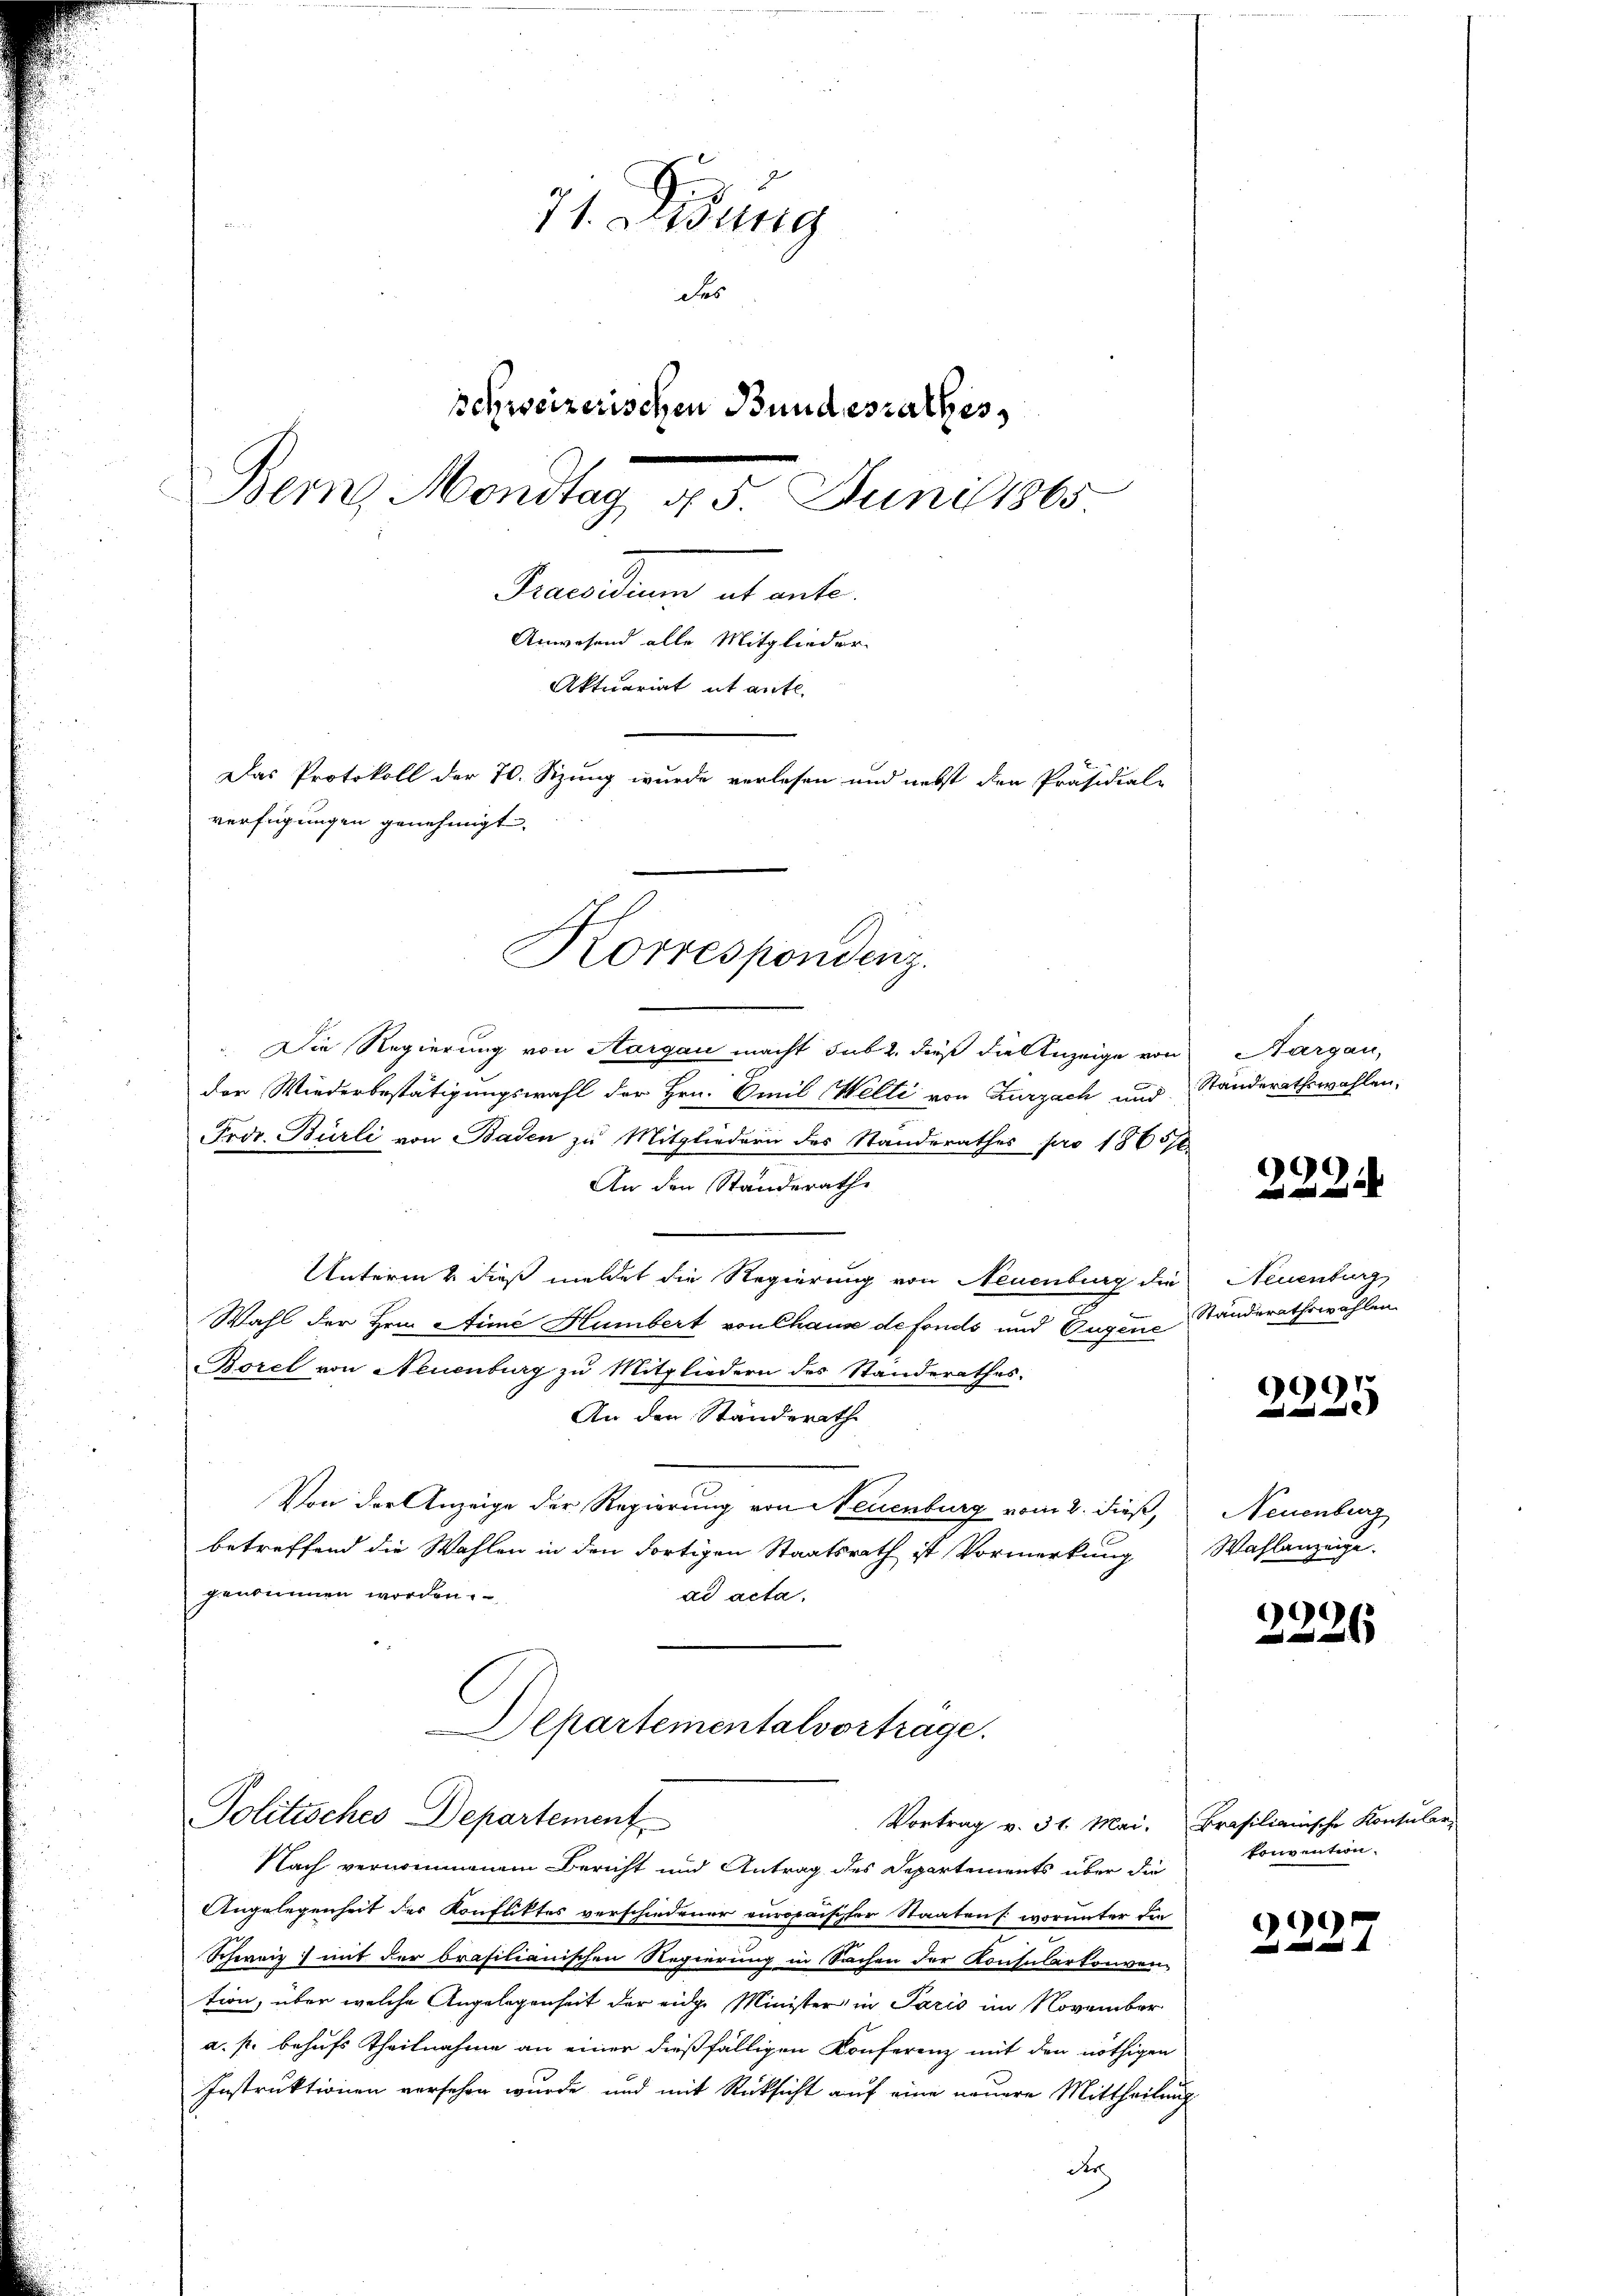
71. Didung
des
schweizerischen Bundesrathes,
Berz. Mondtag, d. 5. Juniser
Scenen ab unte
Anwesend alle Mitglieder
Aktuariat it ante.
Das Protokoll der 70. Sizung wurde verlesen und nebst den Präsidial-
verfügungen genehmigt.

Die Regierung von Aargau macht sub 2. dieß die Anzeige von Aargau,
der Wiederbestätigungswahl der Hrn. Emil Welti von Zurzach und Standerathswahlen,
Froz. Burli von Baden zu Mitgliedern des Standerathes pro 1865/6
An den Standerathe
Unterm & dieß meldet die Regierung von Neuenburg die Neuenburg
Wahl der Hrn. Aime Humbert von Chause de fonds und Eugene
Borel von Neuenburg zu Mitgliedern des Standerathes.
An den Ständerath
Von der Anzeige der Regierung von Neuenburg vom 2. dieß, Neuenburg
betreffend die Wahlen in den dortigen Staatsrath ist Vormerkung Wahlanzeige.
gentinnen worden.
ad acta.
Departementalvorträge.
Politisches Departement
Vortrag v. 31. Mai. Brasilianische Konsular-
Nach vernommenem Bericht und Antrag des Departements über die
Angelegenheit des Konfliktes verschiedener europaischer Staaten worunter den
Schweiz mit der brasilianischen Regierung in Sachen der Konsularkonven
tion, über welche Angelegenheit der eidge Minister in Paris im November
a. f. behufs Theilnahme an einer dießfälligen Conferenz mit den nöthigen
Instruktionen versehen wurde, und mit Rücksicht auf eine neuere Mittheilung
d

Korrespondenz.

222.

Standerathswahlen.

29
2

2226

konvention.

9